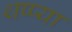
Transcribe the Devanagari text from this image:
थप्प्या